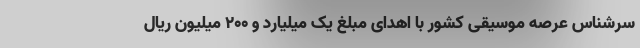
سرشناس عرصه موسیقی کشور با اهدای مبلغ یک میلیارد و ۲۰۰ میلیون ریال